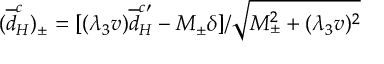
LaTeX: ( { \overline { { { d } } } } _ { H } ^ { c } ) _ { \pm } = [ ( { \lambda _ { 3 } } v ) { \overline { { { d } } } } _ { H } ^ { c \prime } - M _ { \pm } { \delta } ] / { \sqrt { M _ { \pm } ^ { 2 } + ( { \lambda _ { 3 } } v ) ^ { 2 } } }